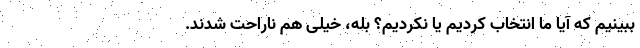
ببینیم که آیا ما انتخاب کردیم یا نکردیم؟ بله، خیلی هم ناراحت شدند.